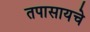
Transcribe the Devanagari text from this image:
तपासायचे